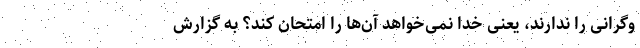
وگرانی را ندارند، یعنی خدا نمی‌خواهد آن‌ها را امتحان کند؟ به گزارش